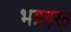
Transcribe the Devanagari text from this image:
भग्नहस्त